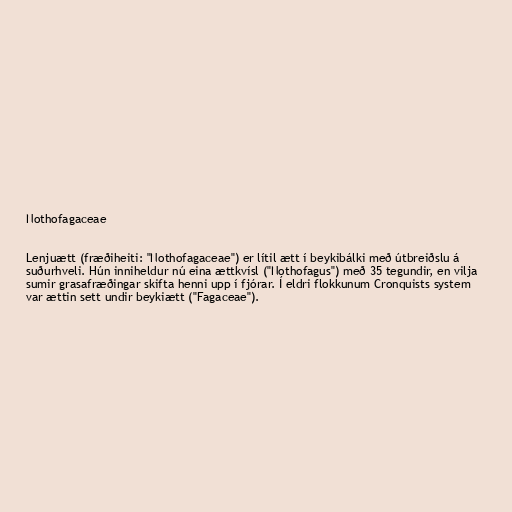
Nothofagaceae

Lenjuætt (fræðiheiti: "Nothofagaceae") er lítil ætt í beykibálki með útbreiðslu á
suðurhveli. Hún inniheldur nú eina ættkvísl ("Nothofagus") með 35 tegundir, en vilja
sumir grasafræðingar skifta henni upp í fjórar. Í eldri flokkunum Cronquists system
var ættin sett undir beykiætt ("Fagaceae").